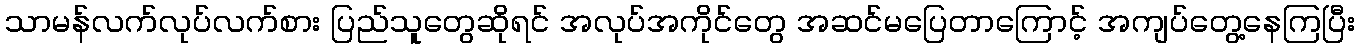
သာမန်လက်လုပ်လက်စား ပြည်သူတွေဆိုရင် အလုပ်အကိုင်တွေ အဆင်မပြေတာကြောင့် အကျပ်တွေ့နေကြပြီး